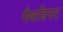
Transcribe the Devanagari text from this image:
मैथडिस्ट